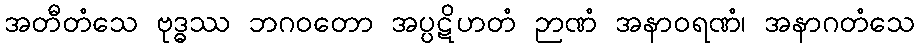
အတီတံသေ ဗုဒ္ဓဿ ဘဂဝတော အပ္ပဋိဟတံ ဉာဏံ အနာဝရဏံ၊ အနာဂတံသေ